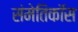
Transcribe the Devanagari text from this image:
संमेतिकॉस